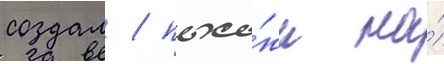
создал / похо́жи на́